Lunatic asylums United Provinces 1899-1908 - 1899-1908
Year: 1899
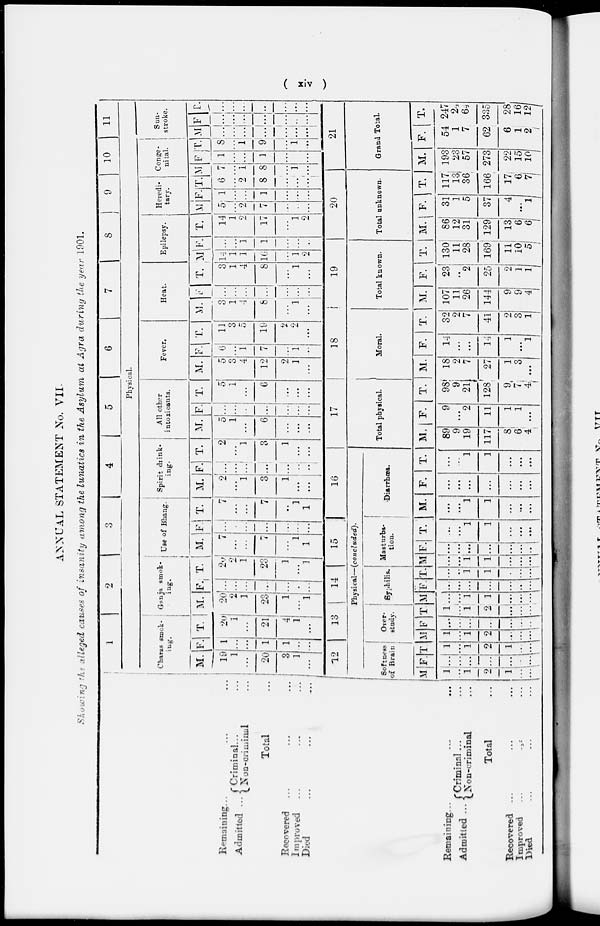
( xiv )
ANNUAL STATEMENT No. VII.
Showing the alleged causes of insanity among the lunatics in the Asylum at Agra during the year 1901.
Remaimng ... ... ...
Admitted ... Criminal ... ...
Non-criminal ...
Total ...
Recovered ... ... ...
Improved ... ... ...
Died
...
...
...
1
2
3
4
5
6
7
8
9
10 11
Physical.
Charas smok-
ing.
M.
19
1
...
20
3
1
...
F.
1
...
...
1
1
...
...
T.
20
1
...
21
4
1
...
Ganja smok-
ing.
M.
20
2
1
23
1
...
1
F.
...
...
...
...
...
...
...
T.
20
2
1
23
1
...
1
Use of Bhang.
M.
7
...
...
7
...
1
1
F.
...
...
...
...
...
...
...
T.
7
...
...
7
...
1
1
Spirit drink-
ing.
M.
2
...
1
3
1
...
...
F.
...
...
...
...
...
...
...
T.
2
...
1
3
1
...
...
All other
intoxicants.
M.
5
1
...
6
...
...
...
F.
...
...
...
...
...
...
...
T.
5
1
...
6
...
...
...
Fever.
M.
5
3
4
12
2
1
...
F.
6
...
1
7
...
1
...
T.
11
3
5
19
2
2
...
Heat.
M.
3
1
4
8
...
1
...
F.
...
...
...
...
...
...
...
T.
3
1
4
8
...
1
Epilepsy.
M.
14
1
1
16
...
1
2
F.
...
...
1
1
...
...
...
T.
14
1
2
17
...
1
2
Heredi-
tary.
M.
5
...
2
7
...
...
...
F.
1
...
...
1
...
...
...
T.
6
...
2
8
...
...
...
Conge-
nital.
M
7
...
1
8
...
1
...
F.
1
...
...
1
...
...
...
T.
8
...
1
9
...
1
...
Sun-
stroke.
M
...
...
...
...
...
...
...
F.
...
...
...
...
...
...
...
T.
...
...
...
...
...
...
...
Remaining, ... ... ...
Admitted ...
Criminal ... ...
Non-criminal
Total
Recovered ... ... ...
Improved ... ... ...
Died ... ... ...
12
13
14 15
16
Physical—(concluded).
Softness
of Brain
M.
1
...
1
2
1
...
...
F.
...
...
...
...
...
...
...
T.
1
...
1
2
1
...
...
Over-
study,
M
1
...
1
2
...
...
...
F
...
...
...
...
...
...
...
T
1
...
1
2
...
...
...
Syphilis.
M
...
...
1
1
...
...
...
F.
...
...
...
...
...
...
...
T.
...
...
1
1
...
...
...
Masturba-
tion.
M
...
...
1
1
...
...
...
F.
...
...
...
...
...
...
...
T.
...
...
1
1
...
...
...
Diarrhœa.
M.
...
...
1
1
...
...
...
F.
...
...
...
...
...
...
...
T.
...
...
1
1
...
...
...
17
Total physical.
M.
89
9
19
117
8
6
4
F.
9
...
2
11
1
1
...
T.
98
9
21
128
9
7
4
18
Moral.
M.
18
2
7
27
1
3
...
F.
14
...
...
14
1
...
1
T.
32
2
7
41
2
3
1
19
Total known.
M.
107
11
26
144
9
9
4
F.
23
...
2
25
9
1
1
T.
130
11
28
169
11
10
5
20
Total unknown.
M.
86
12
31
129
13
6
6
F.
31
1
5
37
4
...
1
T.
117
13
36
166
17
6
7
21
Grand Total.
M.
193
23
57
273
22
15
10
F.
54
1
7
62
6
1
2
T.
247
24
64
335
28
16
12